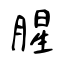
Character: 腥